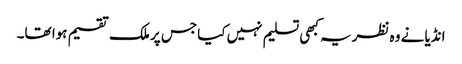
انڈیا نے وہ نظریہ کبھی تسلیم نہیں کیا جس پر ملک تقسیم ہوا تھا۔